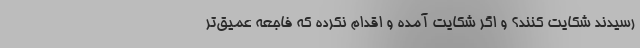
رسیدند شکایت کنند؟ و اگر شکایت آمده و اقدام نکرده که فاجعه عمیق‌تر